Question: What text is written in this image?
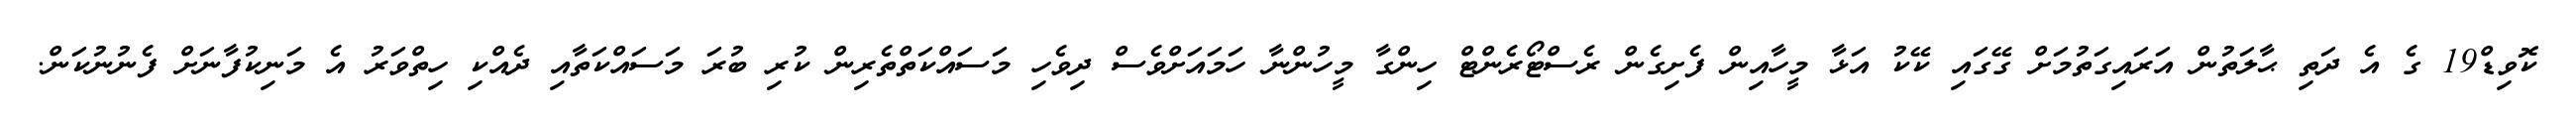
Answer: ކޮވިޑް19 ގެ އެ ދަތި ޙާލަތުން އަރައިގަތުމަށް ގޭގައި ކޭކު އަޅާ މީހާއިން ފެށިގެން ރެސްޓޯރެންޓް ހިންގާ މީހުންނާ ހަމައަށްވެސް ދިވެހި މަސައްކަތްތެރިން ކުރި ބުރަ މަސައްކަތާއި ދެއްކި ހިތްވަރު އެ މަނިކުފާނަށް ފެނުނުކަން.